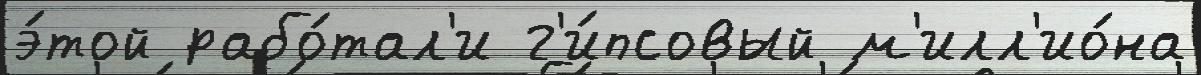
э́той рабо́тал'и г'и́псовый м'илл'ио́на